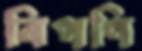
বিপণি